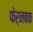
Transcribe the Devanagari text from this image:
फेर्नबक